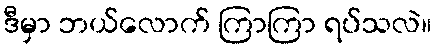
ဒီမှာ ဘယ်လောက် ကြာကြာ ရပ်သလဲ။